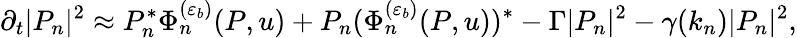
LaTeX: \partial_{t}|P_{n}|^{2}\approx P_{n}^{\ast}\Phi_{n}^{(\varepsilon_{b})}(P,u)+P_{n}(\Phi_{n}^{(\varepsilon_{b})}(P,u))^{\ast}-\Gamma|P_{n}|^{2}-\gamma(k_{n})|P_{n}|^{2},